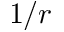
1 / r